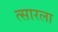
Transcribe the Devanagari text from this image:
त्सारला